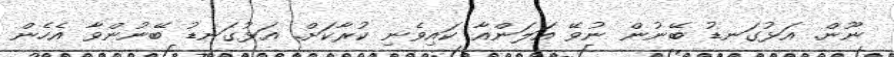
ނޫން. އަޅުގަނޑު ބޭނުން ނުވޭ އަލަންއާ ކައިވެނި ކުރާކަށް. އަޅުގަނޑު ބޭނުންވާ އެހެން